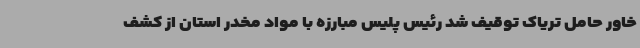
خاور حامل تریاک توقیف شد رئیس پلیس مبارزه با مواد مخدر استان از کشف